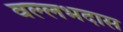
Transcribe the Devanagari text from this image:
वल्लभदास